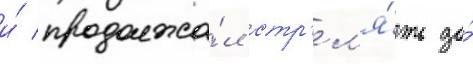
и́ продолжа́л стр'ел'я́ть до́